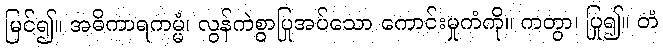
မြင်၍။ အဓိကာရကမ္မံ၊ လွန်ကဲစွာပြုအပ်သော ကောင်းမှုကံကို။ ကတွာ၊ ပြု၍။ တံ